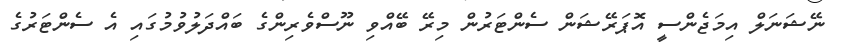
ނޭޝަނަލް އިމަޖެންސީ އޮޕަރޭޝަން ސެންޓަރުން މިރޭ ބޭއްވި ނޫސްވެރިންގެ ބައްދަލުވުމުގައި އެ ސެންޓަރުގެ